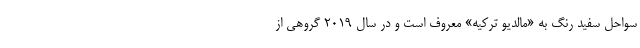
سواحل سفید رنگ به «مالدیو ترکیه» معروف است و در سال ۲۰۱۹ گروهی از